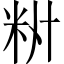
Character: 𫂷